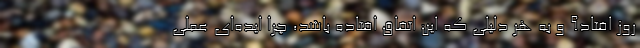
روز افتاد؟ و به هر دلیلی که این اتفاق افتاده باشد، چرا ایده‌ای عملی